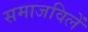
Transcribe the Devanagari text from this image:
समाजविलें